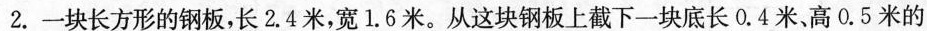
2.一块长方形的钢板，长2.4米，宽1.6米。从这块钢板上截下一块底长0.4米、高0.5米的